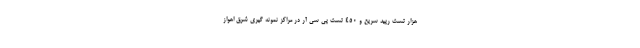
هزار تست رپید سریع و ۴۵۰ تست پی سی آر در مراکز نمونه گیری شرق اهواز